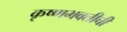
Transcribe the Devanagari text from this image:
कृष्णभक्तीची